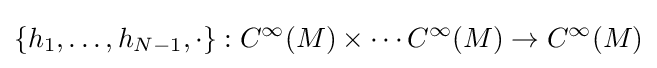
\{h_{1},\ldots ,h_{N-1},\cdot \}:C^{\infty }(M)\times \cdots C^{\infty }(M)\rightarrow C^{\infty }(M)